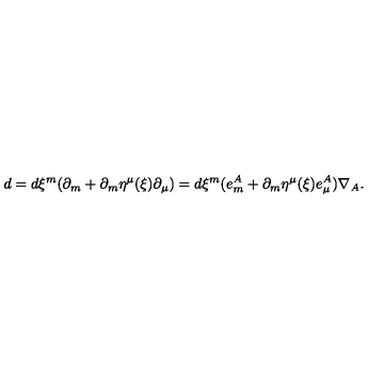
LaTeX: d = d \xi ^ { m } ( \partial _ { m } + \partial _ { m } \eta ^ { \mu } ( \xi ) \partial _ { \mu } ) = d \xi ^ { m } ( e _ { m } ^ { A } + \partial _ { m } \eta ^ { \mu } ( \xi ) e _ { \mu } ^ { A } ) \nabla _ { A } .